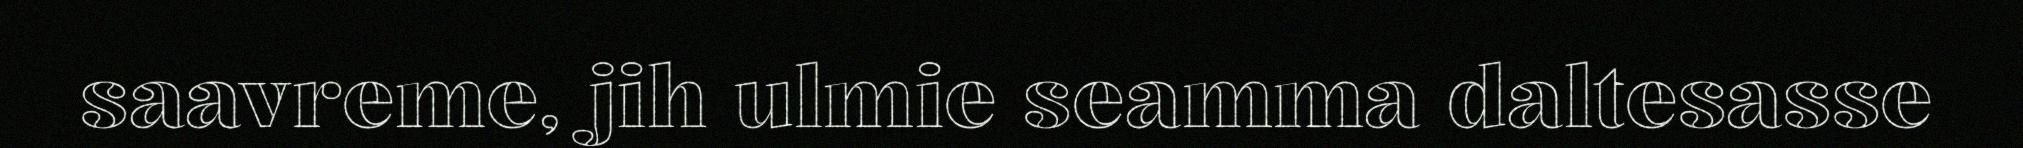
saavreme, jih ulmie seamma daltesasse